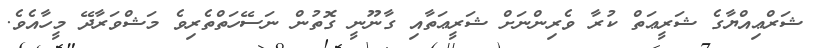
ޝަރްޢިއްޔާގެ ޝަރީޢަތް ކުރާ ވެރިންނަށް ޝަރީޢަތާއި ގާނޫނީ ގޮތުން ނަސޭހަތްތެރިވެ މަޝްވަރާދޭ މީހާއެވެ.